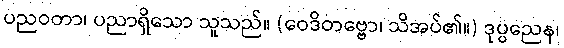
ပညဝတာ၊ ပညာရှိသော သူသည်။ (ဝေဒိတဗ္ဗော၊ သိအပ်၏။) ဒုပ္ပညေန၊